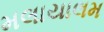
મલાયાલમ